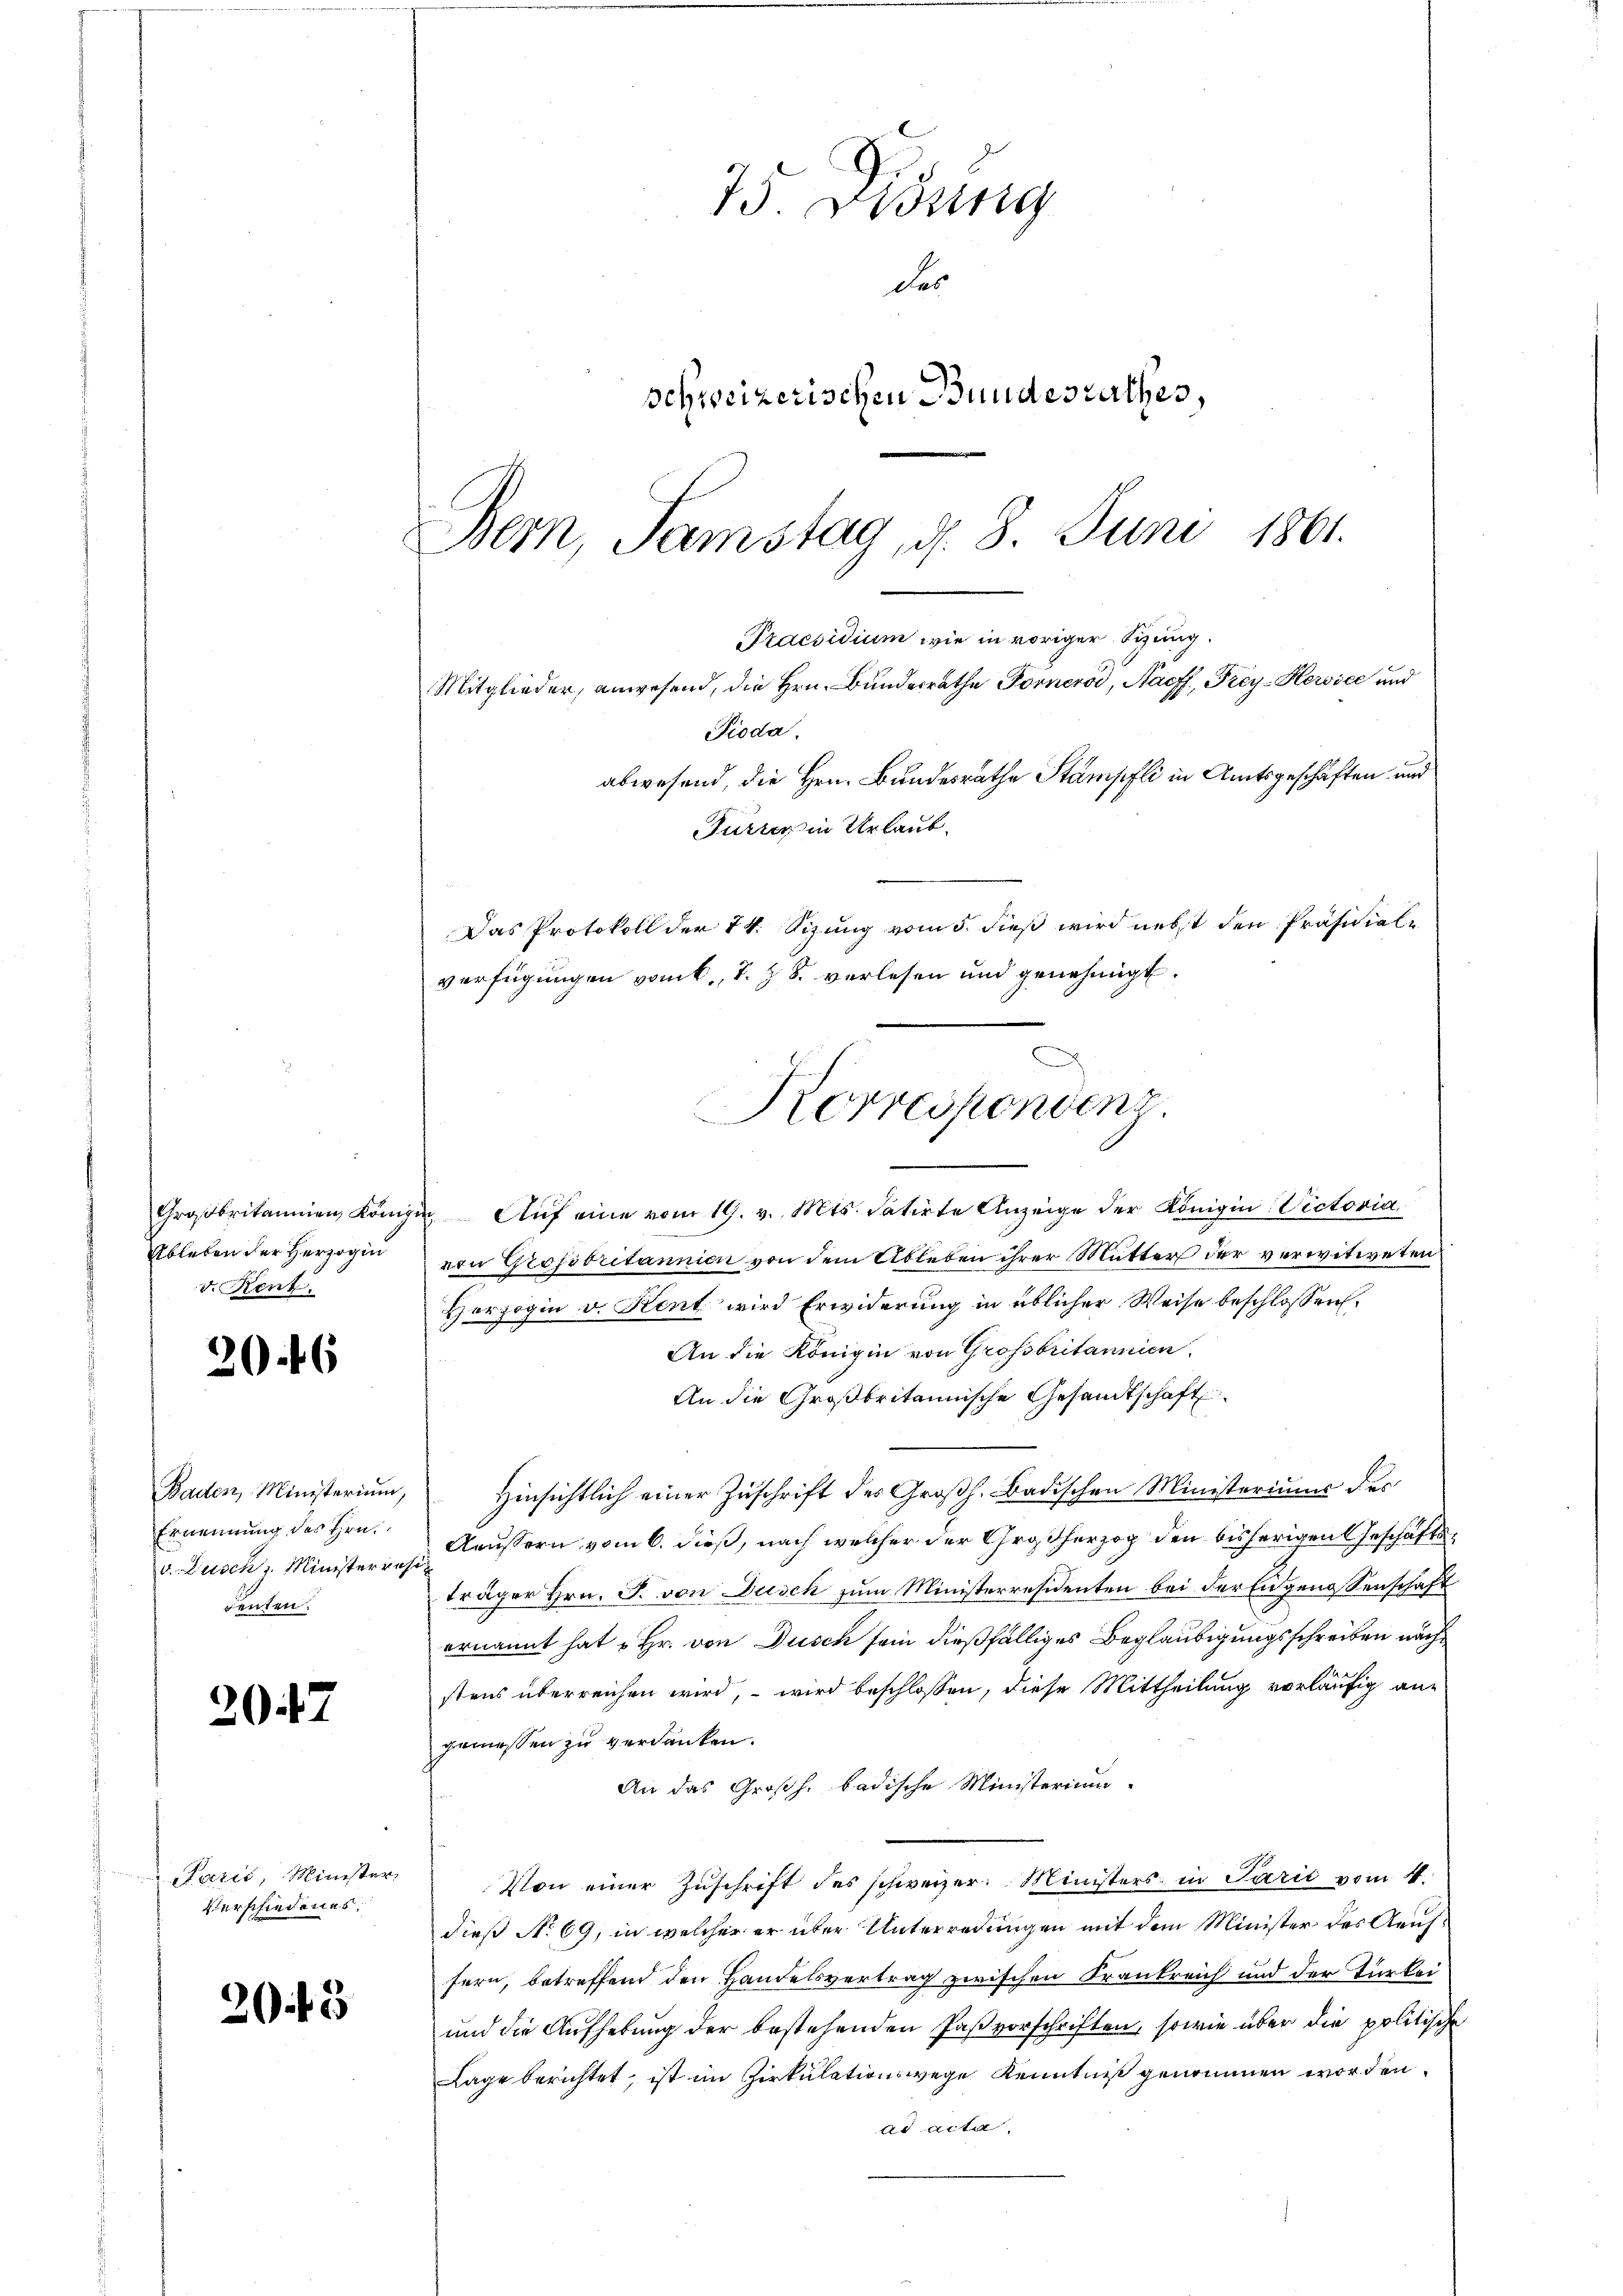
Ableben der Herzogin
v. Renz.

20 f 6

Ernennung des Hrn.
v. Dusch z. Ministerresi
denten.

207

Lazić, Minister
Verschiedenes.

20 f 3

75. Jung
des
schweizerischen Bundesrathes,
Bern, Samstag, d. 8. Juni 1861.
Praesidium wie in voriger Sitzung.

Mitglieder, anwesend, die Hrn. Bundesrathe Fornerod, Paeff, Frey-Kerssee und
Pioda.
abwesend, die Hrn. Bundesrathe Stampfli in Amtsgeschäften und

Furren in Urlaub.
Das Protokoll der 14. Sizung vom 5. dieß wird nebst den Präsidialverfügungen vom h. T. z. B. verlesen und genehmigt.

Großbritannien, Könige Auf eine vom 19. v. Mts. datirte Anzeige der Königin Victoria
von Grofsbritannien von dem Ableben ihrer Mutter der verwitweten
Herzogin v. Kent wird Erwiderung in üblicher Weise beschlossen:
An die Königin von Grossbritannien.
An die Großbritannische Gesandtschaft
Baden, Ministerium, Hinsichtlich einer Zŭschrift des Groβh. Badischen Ministeriums des
Aeussern vom 6. dieß, nach welcher der Großherzog den bisherigen Geschäftsträger Hrn. F. von Dusch zum Ministerresidenten bei der Eidgenossenschaft
ernannt hat u Hr. von Dusch sein dießfälliges Beglaubigungsschreiben nächstens überreichen wird, – wird beschlossen, diese Mittheilung vorläufig angemessen zu verdanken.
An das Großh. badische Ministerium
Von einer Zuschrift des schweizer. Ministers in Parit vom 4.
dieß No 69, in welcher er über Unterredungen mit dem Minister des Aeuffern, betreffend den Handelsvertrag zwischen Krankreich und der Türkei
und die Aufhebung der bestehenden Paßvorschriften, sowie über die politische
Lage berichtet, ist im Zirkulationswege Kenntniß genommen worden.
ad acta,

x

Korrespondenz